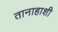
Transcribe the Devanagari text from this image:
तानाहाशी